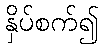
နှိပ်စက်၍